Indian journal of veterinary science and animal husbandry - Volumes 22-23, 1952-1953
Year: 1952
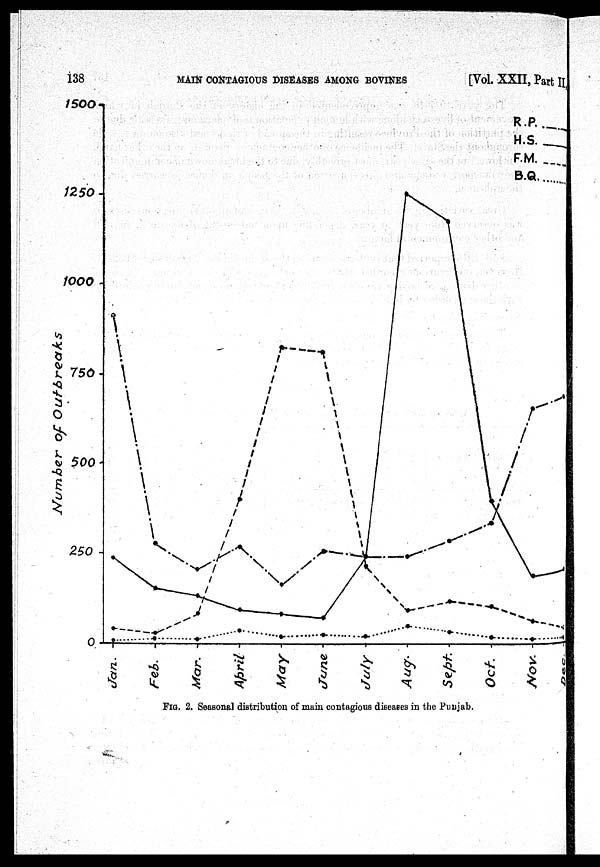
138
MAIN CONTAGIOUS DISEASES AMONG BOVINES
[Vol. XXII, Part II
FIG. 2. Seasonal distribution of main contagious diseases in the Punjab.